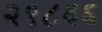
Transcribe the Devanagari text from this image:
२९८६६